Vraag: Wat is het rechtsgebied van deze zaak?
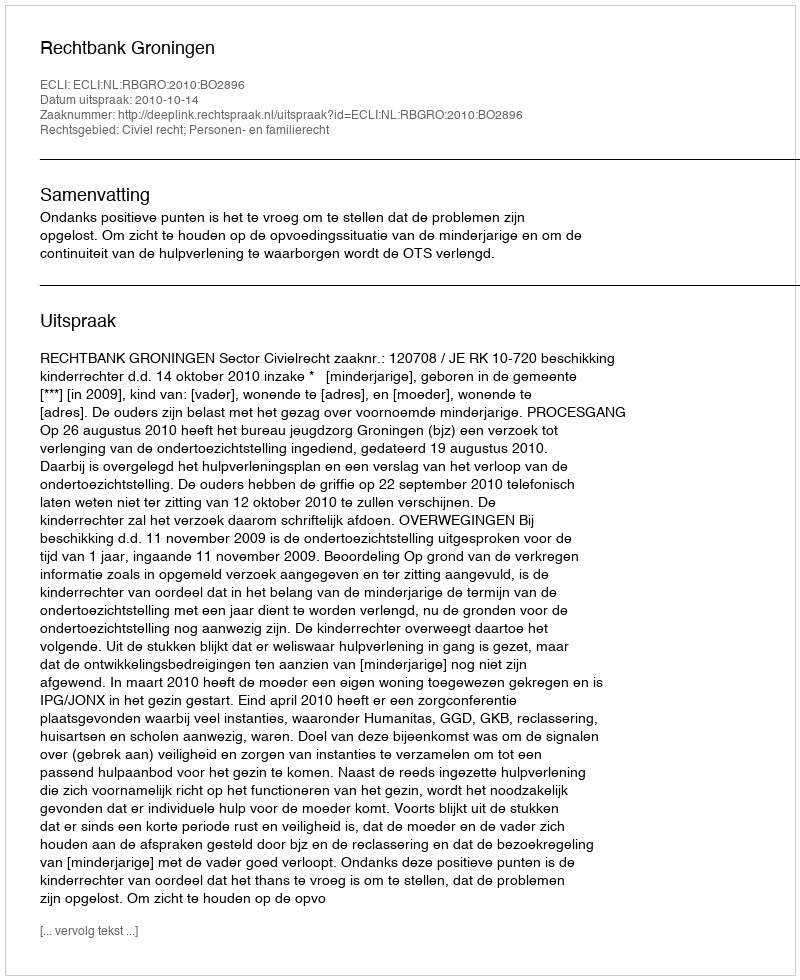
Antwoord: Civiel recht; Personen- en familierecht